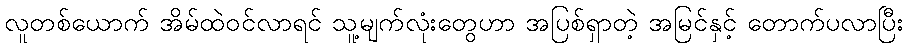
လူတစ်ယောက် အိမ်ထဲဝင်လာရင် သူ့မျက်လုံးတွေဟာ အပြစ်ရှာတဲ့ အမြင်နှင့် တောက်ပလာပြီး